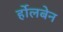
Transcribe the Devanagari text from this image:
र्होलबेन